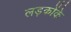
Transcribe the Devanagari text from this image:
लड़कोंके